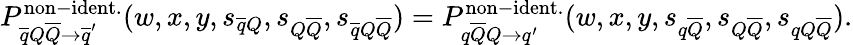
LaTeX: P_{\overline{{{q}}}Q\overline{{{Q}}}\rightarrow\overline{{{q}}}^{\prime}}^{\mathrm{non-ident.}}(w,x,y,s_{\overline{{{q}}}Q},s_{Q\overline{{{Q}}}},s_{\overline{{{q}}}Q\overline{{{Q}}}})=P_{q\overline{{{Q}}}Q\rightarrow q^{\prime}}^{\mathrm{non-ident.}}(w,x,y,s_{q\overline{{{Q}}}},s_{Q\overline{{{Q}}}},s_{qQ\overline{{{Q}}}}).